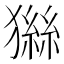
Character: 𤡨